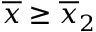
\overline { { x } } \geq \overline { { x } } _ { 2 }